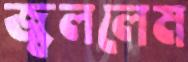
জ্বললেম